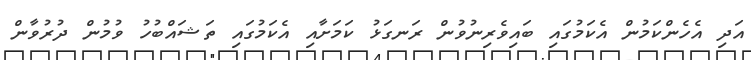
އަދި އެހެންކަމުން އެކަމުގައި ބައިވެރިނުވުން ރަނގަޅު ކަމަށާއި އެކަމުގައި ތަޝައްބުހު ވުމުން ދުރުވާން